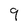
Character: 9